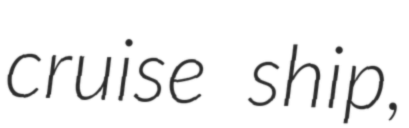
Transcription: cruise ship,